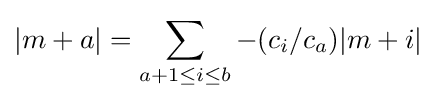
|m+a|=\sum _{a+1\leq i\leq b}-(c_{i}/c_{a})|m+i|